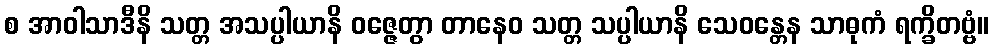
စ အာဝါသာဒီနိ သတ္တ အသပ္ပါယာနိ ဝဇ္ဇေတွာ တာနေဝ သတ္တ သပ္ပါယာနိ သေဝန္တေန သာဓုကံ ရက္ခိတဗ္ဗံ။